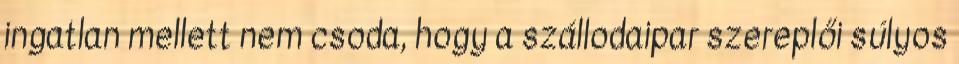
ingatlan mellett nem csoda, hogy a szállodaipar szereplői súlyos